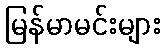
မြန်မာမင်းများ